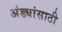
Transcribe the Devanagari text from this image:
अंड्यांसाठी